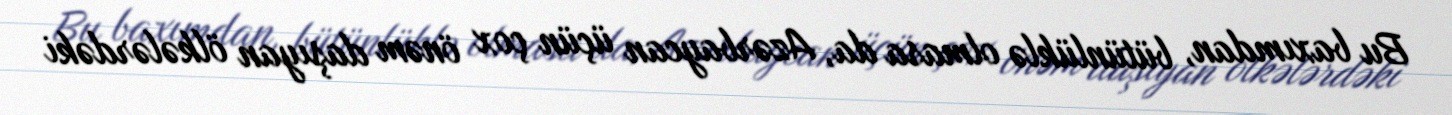
Bu baxımdan, bütünlüklə olmasa da, Azərbaycan üçün çox önəm daşıyan ölkələrdəki